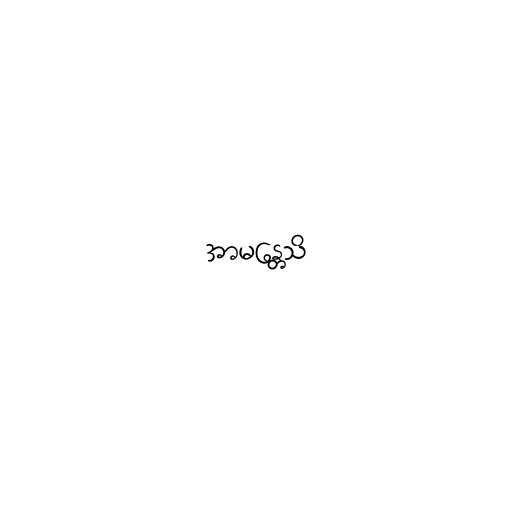
အာမန္တေသိ